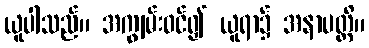
ယူပါသည်။ အကျွမ်းဝင်၍ ယူရာ၌ အနာပတ္တိ။